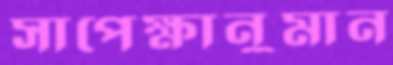
সাপেক্ষানুমান